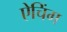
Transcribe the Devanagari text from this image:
ऐचिंग